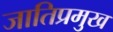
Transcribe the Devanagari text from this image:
जातिप्रमुख